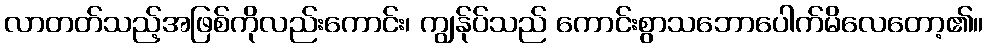
လာတတ်သည့်အဖြစ်ကိုလည်းကောင်း၊ ကျွန်ုပ်သည် ကောင်းစွာသဘောပေါက်မိလေတော့၏။